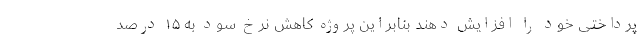
پرداختی خود را افزایش دهند بنابراین پروژه کاهش نرخ سود به ۱۵ درصد